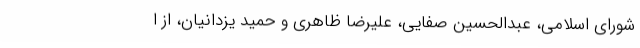
شورای اسلامی، عبدالحسین صفایی، علیرضا ظاهری و حمید یزدانیان، از ا